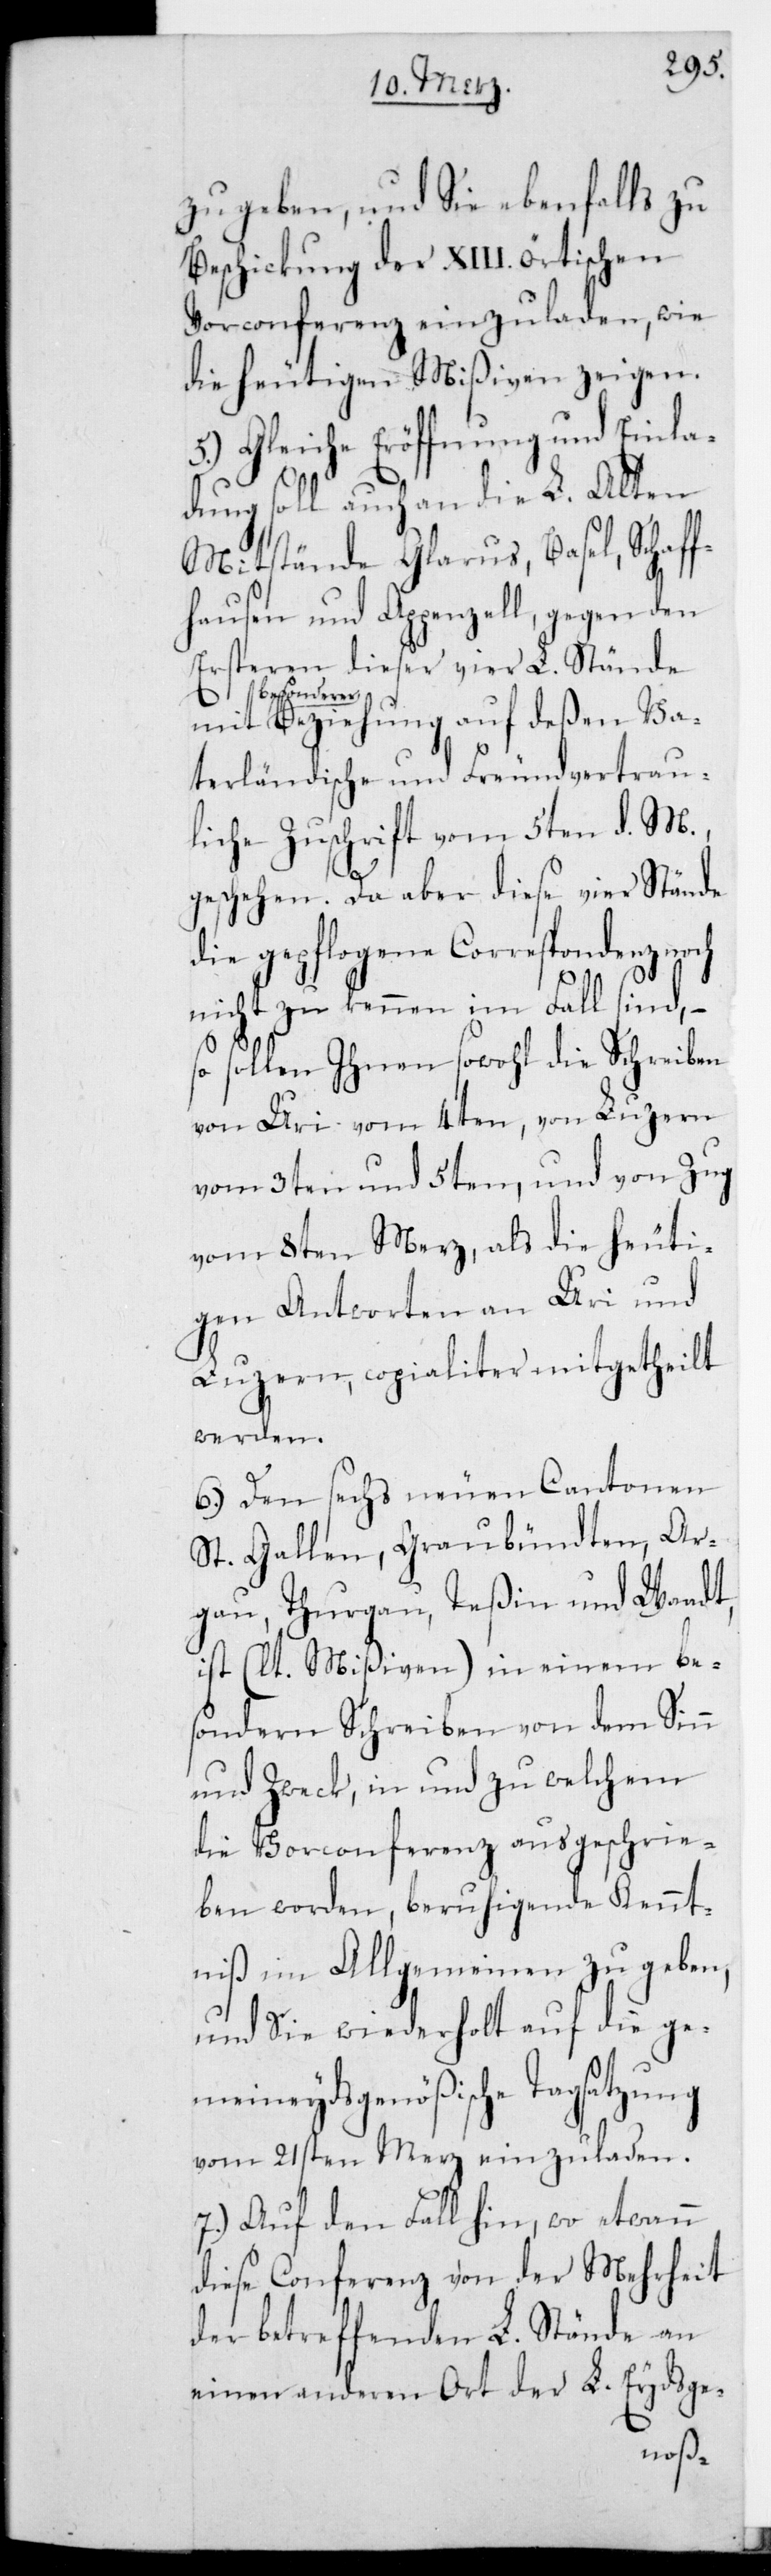
zu geben, und sie ebenfalls zu
Beschickung der XIII. örtischen
Vorconferenz einzuladen, wie
die heutigen Mißiven zeigen.
5.) Gleiche Eröffnung und Einla¬
dung soll auch an die L. Alten
Mitstände Glarus, Basel, Schaf¬
fhausen und Appenzell, gegen den
ersteren dieser vier L. Stände
besondere¬
r Beziehung auf deßen va¬
terländische und freundvertrau¬
liche Zuschrift vom 5ten d. M.
geschehen. Da aber diese vier Stände
die gepflogene Correspondenz
nicht zu kennen im Fall sind,
so sollen Ihnen sowohl die Schreiben
von Uri vom 4ten, von Luzern
vom 3ten und 5ten, und von Zug
vom 8ten Merz, als die heuti¬
gen Antworten an Uri und
Luzern copialiter mitgetheilt
werden.
6.) Den sechs neuen Cantonen
St. Gallen, Graubündten, Ar¬
gau, Thurgau, Teßin und Waadt,
ist (lt. Mißiven) in einem bes¬
onderen Schreiben von dem Sinn
und Zweck, in und zu welchem
die Vorconferenz ausgeschrie¬
ben worden, beruhigende Kennt¬
niß im Allgemeinen zu geben,
und sie wiederholt auf die ge¬
meineydsgenößische Tagsatzung
vom 21sten Merz einzuladen.
7.) Auf den Fall hin, wo etwann
diese Conferenz von der Mehrheit
der betreffenden L. Stände an
einen anderen Ort der L. Eydsge-